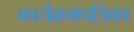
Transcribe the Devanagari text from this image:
कार्यक्रमपत्रिका